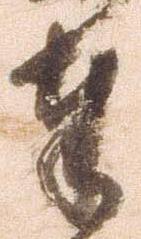
奉